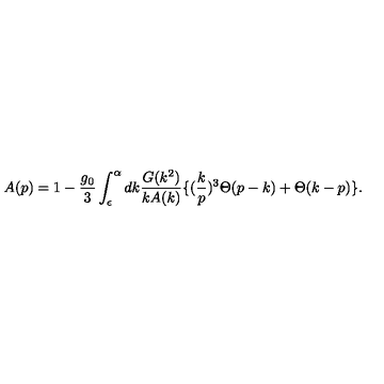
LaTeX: A ( p ) = 1 - \frac { g _ { 0 } } { 3 } \int _ { \epsilon } ^ { \alpha } d k \frac { G ( k ^ { 2 } ) } { k A ( k ) } \{ ( \frac { k } { p } ) ^ { 3 } \Theta ( p - k ) + \Theta ( k - p ) \} .